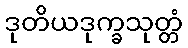
ဒုတိယဒုက္ခသုတ္တံ